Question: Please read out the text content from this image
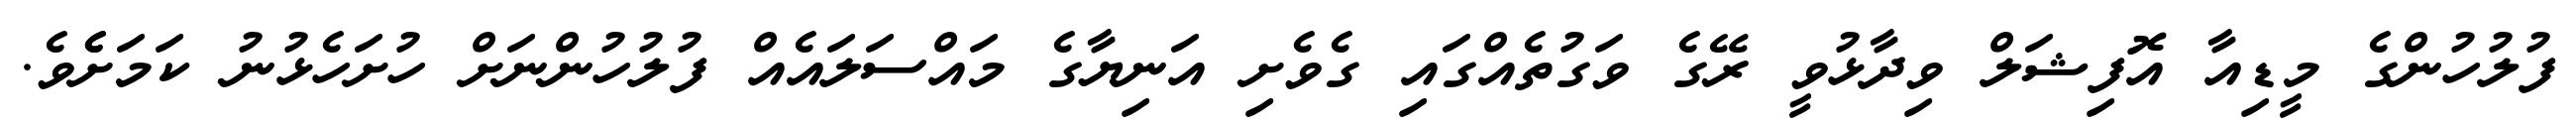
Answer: ފުލުހުންގެ މީޑިއާ އޮފިޝަލް ވިދާޅުވީ ރޭގެ ވަގުތެއްގައި ގެވެށި އަނިޔާގެ މައްސަލައެއް ފުލުހުންނަށް ހުށަހެޅުނު ކަމަށެެވެ.